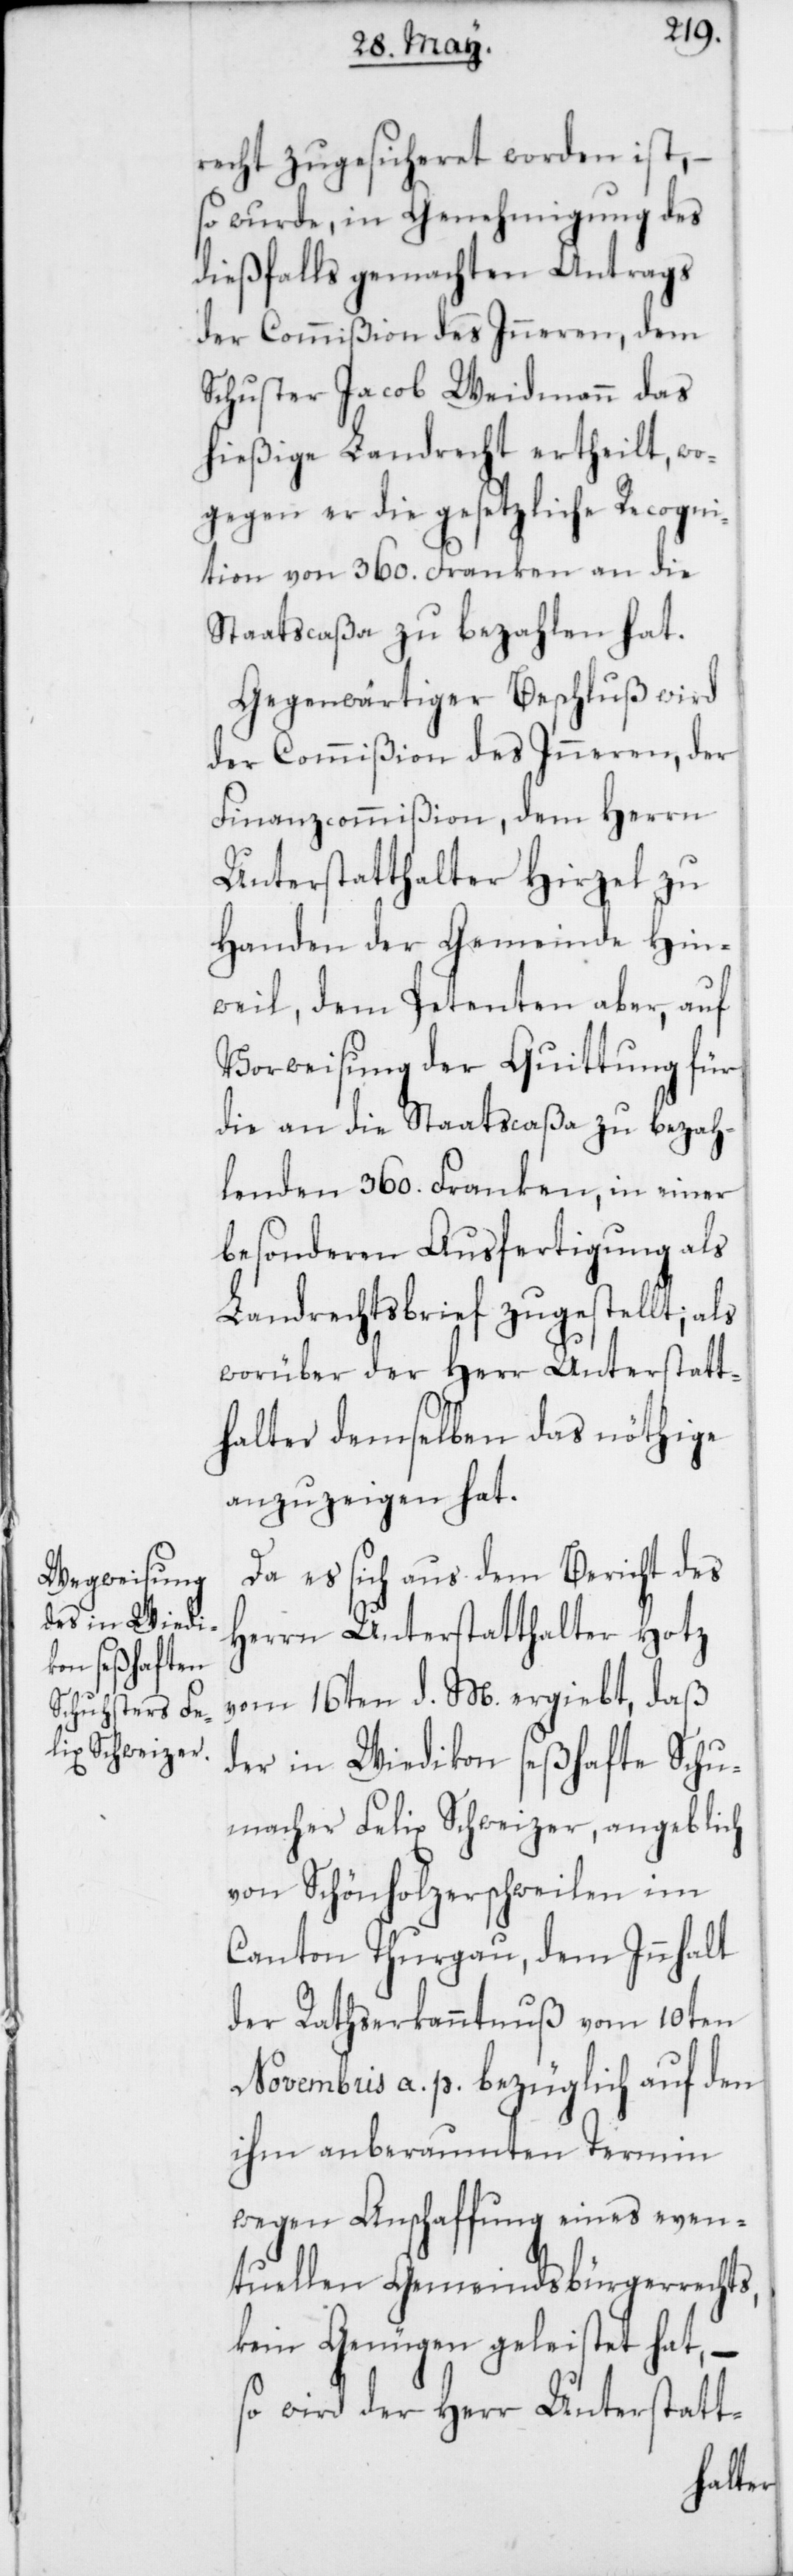
recht zugesicheret worden ist, –
so wurde, in Genehmigung des
dießfalls gemachten Antrags
der Commißion des Inneren, dem
Schuster Jacob Weidmann das
hießige Landrecht ertheilt, wo¬
gegen er die gesetzliche Recogni¬
tion von 360. Franken an die
Staatscaßa zu bezahlen hat.
Gegenwärtiger Beschluß wird
der Commißion des Inneren, der
Finanzcommißion, dem Herrn
Unterstatthalter Hirzel zu
Handen der Gemeinde Hin¬
weil, dem Petenten aber, auf
Vorweisung der Quittung für
die an die Staatscaßa zu bezah¬
lenden 360. Franken, in einer
besonderen Ausfertigung als
Landrechtsbrief zugestellt; als
worüber der Herr Unterstatt¬
halter demselben das nöthige
anzuzeigen hat.
Da es sich aus dem Bericht des
Herrn Unterstatthalter Hotz
vom 16ten d. M. ergiebt, daß
der in Wiedikon seßhafte Schu¬
macher Felix Schweizer, angeblich
von Schönholzerschweilen im
Canton Thurgau, dem Innhalt
der Rathserkanntnuß vom 10ten
Novembris a. p. bezüglich auf den
ihm anberaumten Termin
wegen Anschaffung eines even¬
tuellen Gemeindsbürgerrechts,
kein Genügen geleistet hat, –
so wird der Herr Unterstatt-